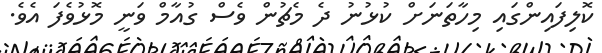
ކޮލިފައިންގައި މިހާތަނަށް ކުޅުނު ދެ މެޗުން ވެސް ގުއާމް ވަނީ މޮޅުވެފަ އެވެ.